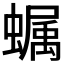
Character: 𧑏